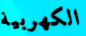
الكهربية